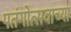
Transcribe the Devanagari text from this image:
पतंगोत्सवाच्या